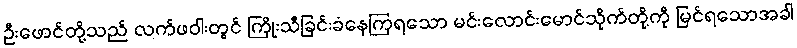
ဦးဖောင်တို့သည် လက်ဖဝါးတွင် ကြိုးသီခြင်းခံနေကြရသော မင်းလောင်းမောင်သိုက်တို့ကို မြင်ရသောအခါ